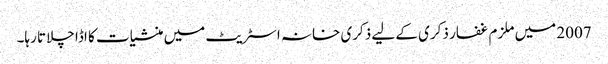
2007 میں ملزم غفار ذکری کے لیے ذکری خانہ اسٹریٹ میں منشیات کا اڈا چلاتا رہا۔